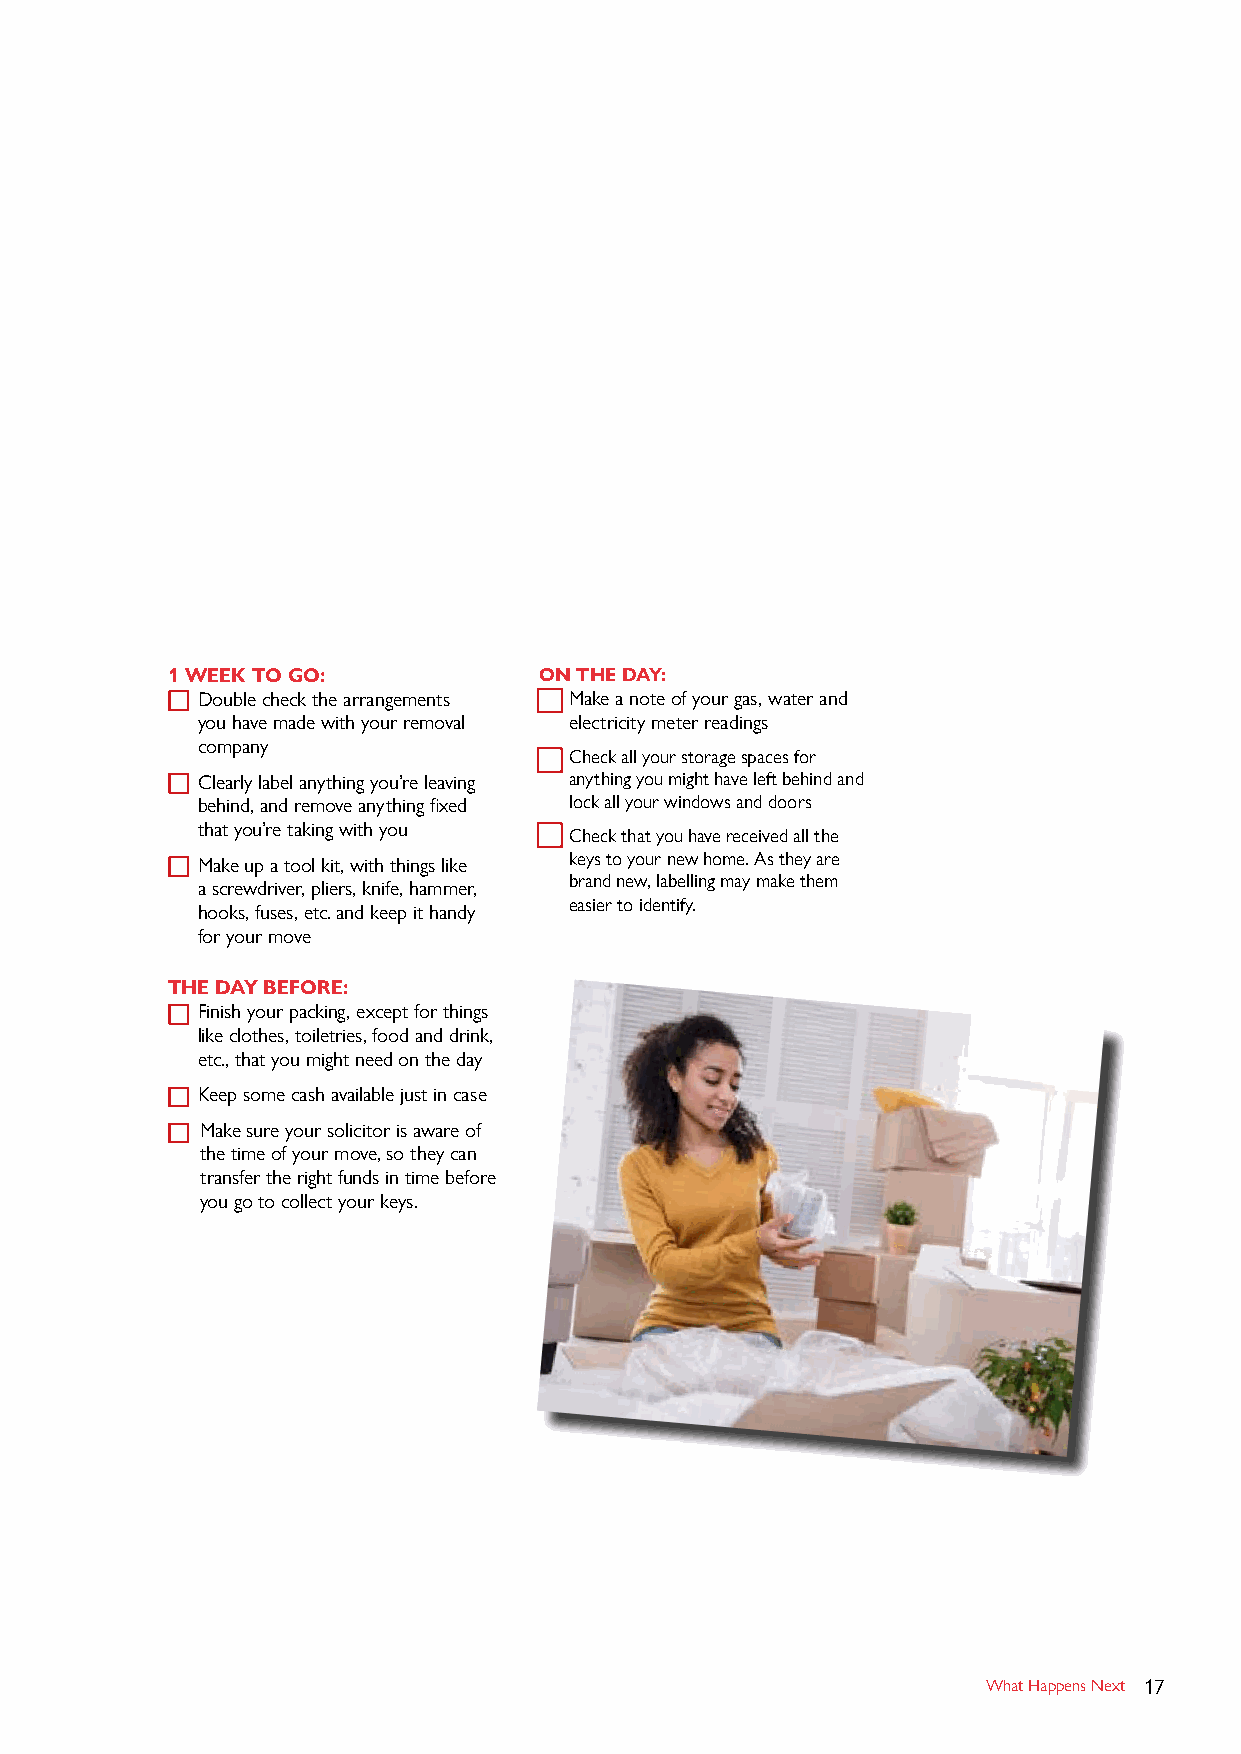
1 WEEK TO GO:            ON THE DAY:
 Double check the arrangements Make a note of your gas, water and
 you have made with your removal electricity meter readings
 company
 Check all your storage spaces for
 Clearly label anything you’re leaving anything you might have left behind and
 behind, and remove anything fixed lock all your windows and doors
 that you’re taking with you
 Check that you have received all the
 Make up a tool kit, with things like keys to your new home. As they are
 brand new, labelling may make them
 a screwdriver, pliers, knife, hammer,
 easier to identify.
 hooks, fuses, etc. and keep it handy
 for your move
 THE DAY BEFORE:
 Finish your packing, except for things
 like clothes, toiletries, food and drink,
 etc., that you might need on the day
 Keep some cash available just in case
 Make sure your solicitor is aware of
 the time of your move, so they can
 transfer the right funds in time before
 you go to collect your keys.
 What Happens Next 17